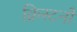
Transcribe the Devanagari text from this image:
क्रिस्टनों